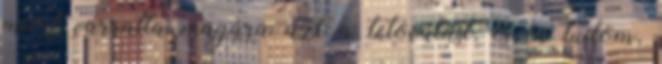
miért varratta magára azt a tetoválást, és én tudom,